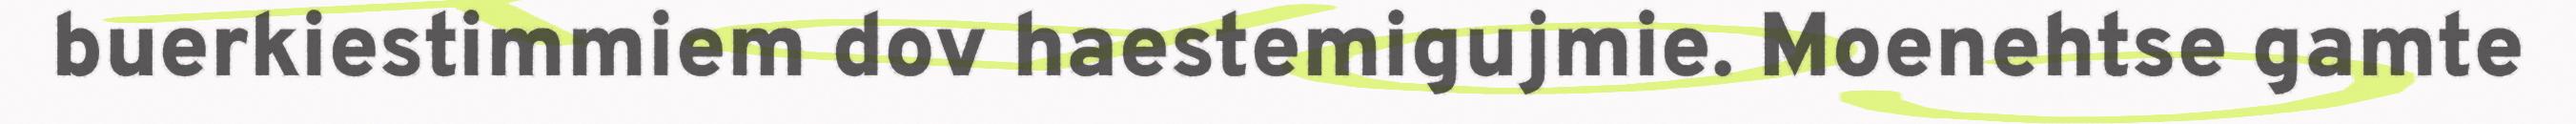
buerkiestimmiem dov haestemigujmie. Moenehtse gamte